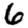
Digit: 6